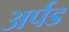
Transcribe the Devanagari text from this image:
अर्पड